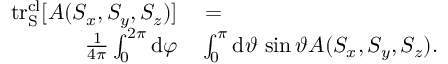
\begin{array} { r l } { \mathrm { t r _ { S } ^ { c l } } [ A ( S _ { x } , S _ { y } , S _ { z } ) ] } & { { } = } \\ { \frac { 1 } { 4 \pi } \int _ { 0 } ^ { 2 \pi } \mathrm { d } \varphi } & { { } \int _ { 0 } ^ { \pi } \mathrm { d } \vartheta \, \sin \vartheta A ( S _ { x } , S _ { y } , S _ { z } ) . } \end{array}